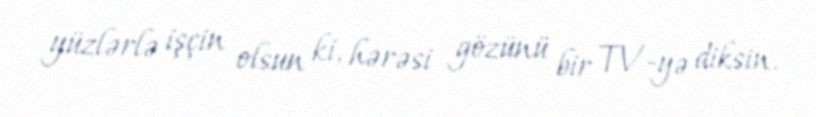
yüzlərlə işçin olsun ki, hərəsi gözünü bir TV-yə diksin.